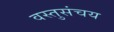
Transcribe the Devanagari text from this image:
वस्तुसंचय